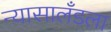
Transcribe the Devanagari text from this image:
न्यासालँडला